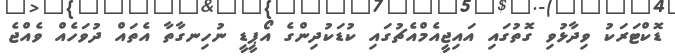
ޑޮކްޓަރަކު ވިދާޅުވި ގޮތުގައި އައިޖީއެމްއެޗުގައި ކުޑަކުދިންގެ އޯޕީޑީ ނުހިނގާތާ އެތައް ދުވަހެއް ވެއްޖެ